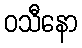
ဝသီနော